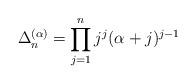
LaTeX: \begin{align*}\Delta_n^{(\alpha)}=\displaystyle\prod_{j=1}^{n}j^j(\alpha+j)^{j-1}\end{align*}